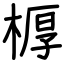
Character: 𣖔